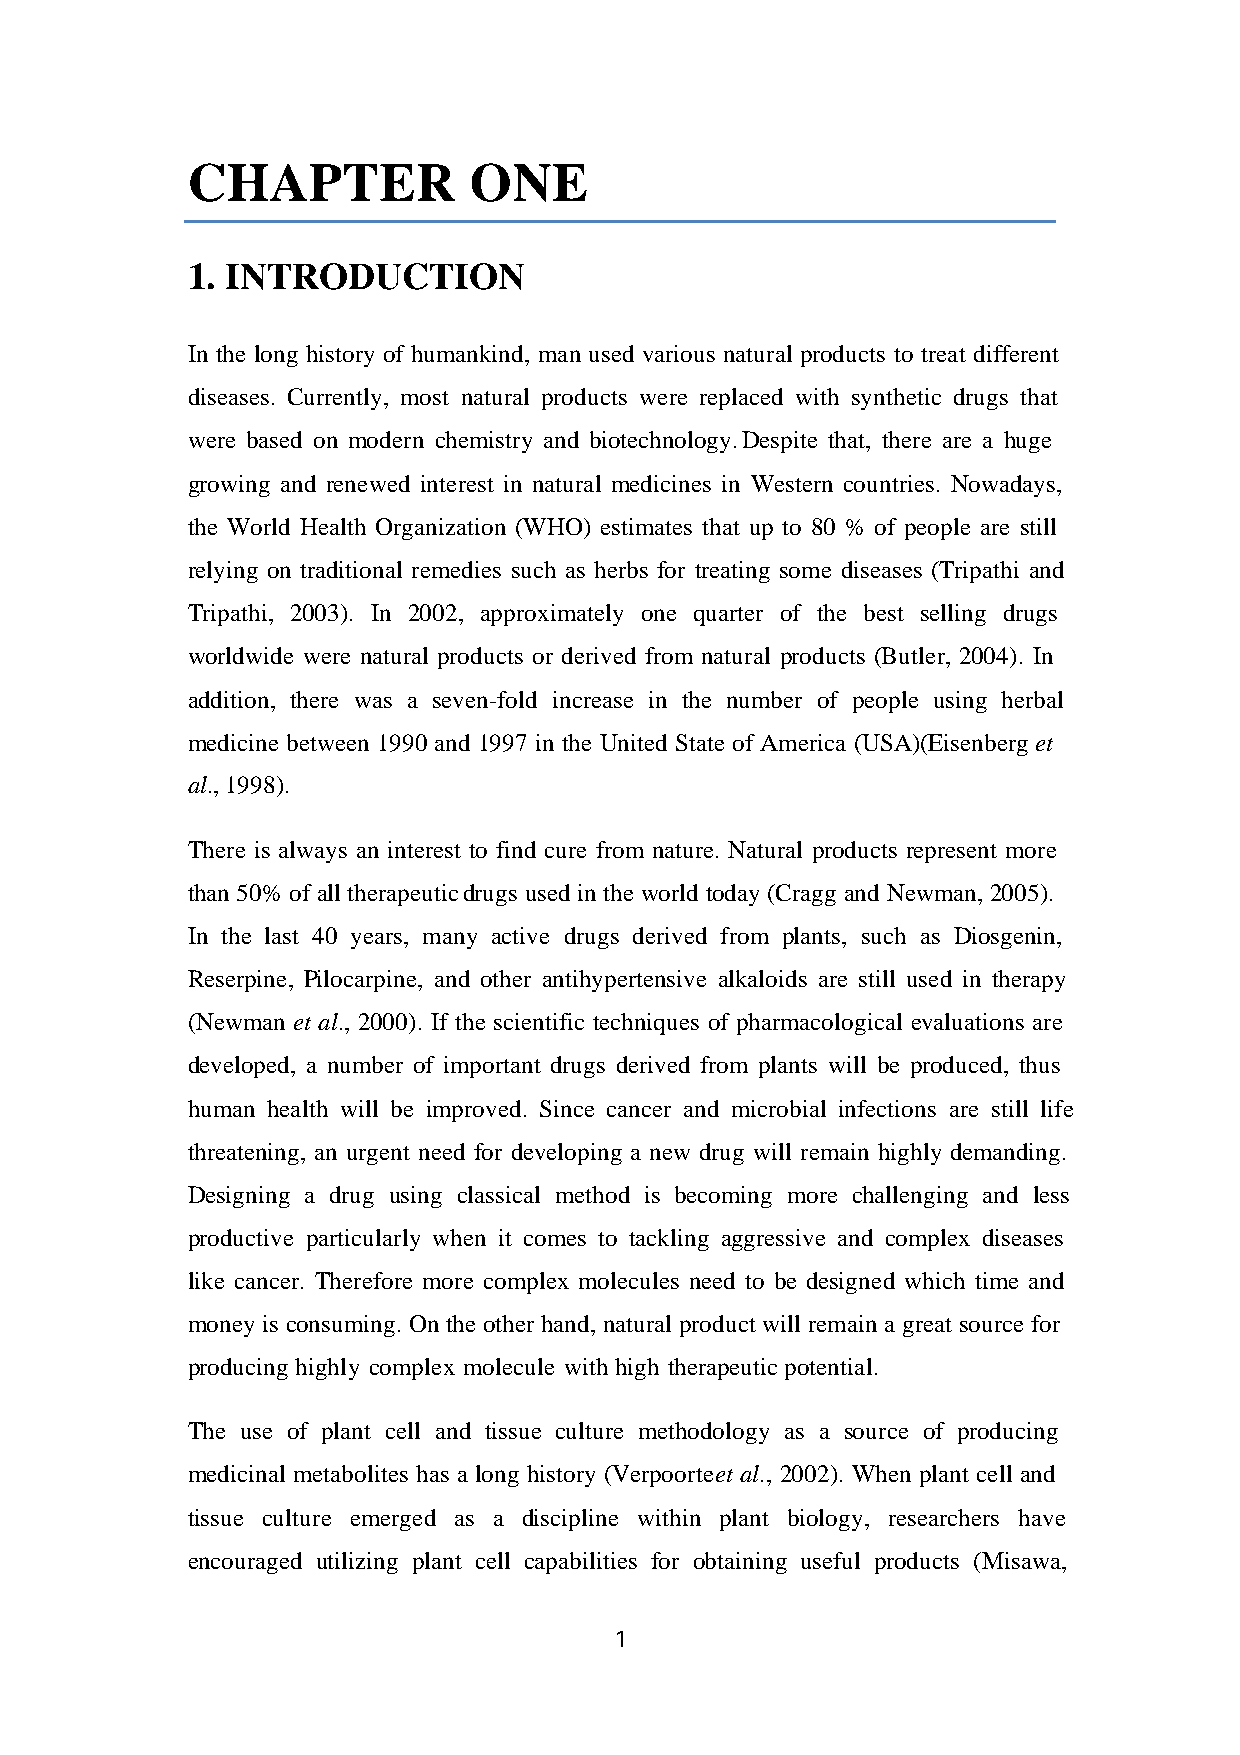
CHAPTER            ONE
 1. INTRODUCTION
 In the long history of humankind, man used various natural products to treat different
 diseases. Currently, most natural products were replaced with synthetic drugs that
 were based on modern chemistry and biotechnology. Despite that, there are a huge
 growing and renewed interest in natural medicines in Western countries. Nowadays,
 the World Health Organization (WHO) estimates that up to 80 % of people are still
 relying on traditional remedies such as herbs for treating some diseases (Tripathi and
 Tripathi, 2003). In 2002, approximately one quarter of the best selling drugs
 worldwide were natural products or derived from natural products (Butler, 2004). In
 addition, there was a seven-fold increase in the number of people using herbal
 medicine between 1990 and 1997 in the United State of America (USA) (Eisenberg et
 al., 1998).
 There is always an interest to find cure from nature. Natural products represent more
 than 50% of all therapeutic drugs used in the world today (Cragg and Newman, 2005).
 In the last 40 years, many active drugs derived from plants, such as Diosgenin,
 Reserpine, Pilocarpine, and other antihypertensive alkaloids are still used in therapy
 (Newman et al., 2000). If the scientific techniques of pharmacological evaluations are
 developed, a number of important drugs derived from plants will be produced, thus
 human health will be improved. Since cancer and microbial infections are still life
 threatening, an urgent need for developing a new drug will remain highly demanding.
 Designing a drug using classical method is becoming more challenging and less
 productive particularly when it comes to tackling aggressive and complex diseases
 like cancer. Therefore more complex molecules need to be designed which time and
 money is consuming. On the other hand, natural product will remain a great source for
 producing highly complex molecule with high therapeutic potential.
 The use of plant cell and tissue culture methodology as a source of producing
 medicinal metabolites has a long history (Verpoorte et al., 2002). When plant cell and
 tissue culture emerged as a discipline within plant biology, researchers have
 encouraged utilizing plant cell capabilities for obtaining useful products (Misawa,
 1